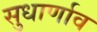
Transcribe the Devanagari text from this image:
सुधार्णाव